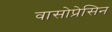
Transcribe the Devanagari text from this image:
वासोप्रेसिन